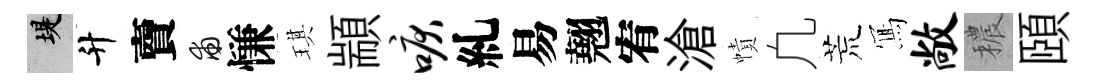
堤升𧶠甫慊琪顓唳糺易翹宥滄幘凢荒𭂁敞穠頤